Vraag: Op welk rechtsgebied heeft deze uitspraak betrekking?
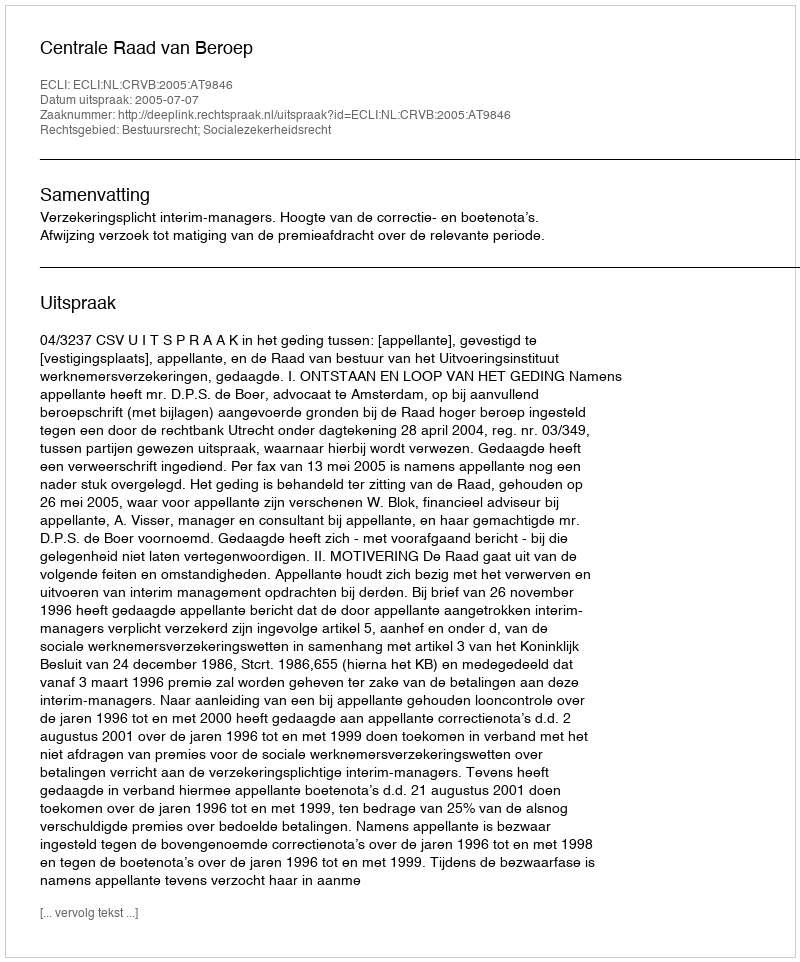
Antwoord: Bestuursrecht; Socialezekerheidsrecht